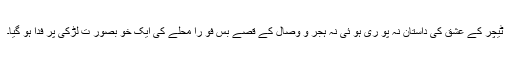
ٹیچر کے عشق کی داستان نہ پو ری ہو ئی نہ ہجر و وصال کے قصے بس فو راً محلے کی ایک خو بصور ت لڑکی پر فدا ہو گیا۔